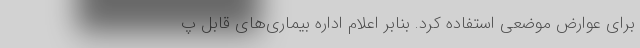
برای عوارض موضعی استفاده کرد. بنابر اعلام اداره بیماری‌های قابل پ